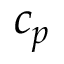
c _ { p }